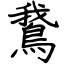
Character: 鵞